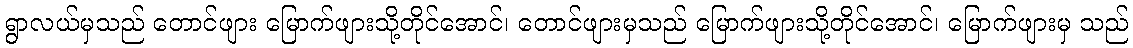
ရွာလယ်မှသည် တောင်ဖျား မြောက်ဖျားသို့တိုင်အောင်၊ တောင်ဖျားမှသည် မြောက်ဖျားသို့တိုင်အောင်၊ မြောက်ဖျားမှ သည်